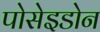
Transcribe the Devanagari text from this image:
पोसेइडोन